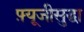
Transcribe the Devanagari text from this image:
फ़्यूजीसुद्धा